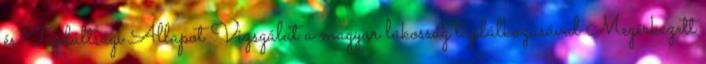
és Tápláltsági Állapot Vizsgálat a magyar lakosság táplálkozásával Megérkezett